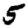
Digit: 5